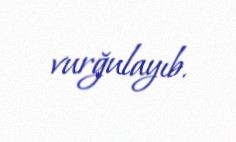
vurğulayıb.